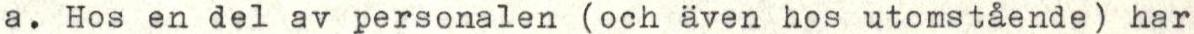
a. Hos en del av personalen (och även hos utomstående) har